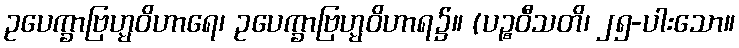
ဥပေက္ခာဗြဟ္မဝိဟာရေ၊ ဥပေက္ခာဗြဟ္မဝိဟာရ၌။ (ပဉ္စဝီသတိ၊ ၂၅-ပါးသော။